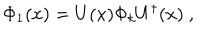
\Phi _ { 1 } ( x ) = U ( x ) \Phi _ { k } U ^ { \dagger } ( x ) \ ,